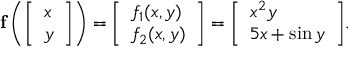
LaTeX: \mathbf { f } \left( { \left[ \begin{array} { l } { x } \\ { y } \end{array} \right] } \right) = { \left[ \begin{array} { l } { f _ { 1 } ( x , y ) } \\ { f _ { 2 } ( x , y ) } \end{array} \right] } = { \left[ \begin{array} { l } { x ^ { 2 } y } \\ { 5 x + \sin y } \end{array} \right] } .